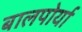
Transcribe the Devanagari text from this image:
बालपोर्या